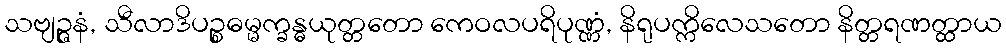
သဗျဉ္ဇနံ, သီလာဒိပဉ္စဓမ္မက္ခန္ဓယုတ္တတော ကေဝလပရိပုဏ္ဏံ, နိရုပက္ကိလေသတော နိတ္တရဏတ္ထာယ